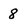
Character: 8